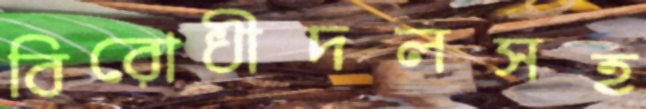
বিরোধীদলসহ